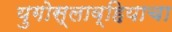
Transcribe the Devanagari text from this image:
युगोस्लाव्हियाचा